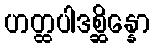
ဟတ္ထပါဒစ္ဆိန္နော